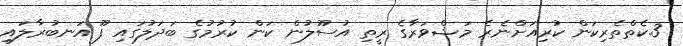
3.ކެތްތެރިކަން ކުރިއަށްނެރެ މަޝްވަރާގެ ރީތި އުސޫލުން ކަން ކުރުމުގެ ބަދަލުގައި ފޫ އަނބުރާލައި